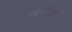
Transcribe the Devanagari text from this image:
ब्लेंक